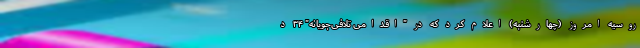
روسیه امروز (چهارشنبه) اعلام کرد که در "اقدامی تلافی‌جویانه" ۳۴ د